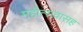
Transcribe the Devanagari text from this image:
महोत्सवासह